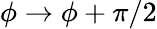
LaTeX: \phi\to\phi+\pi/2